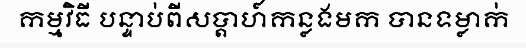
កម្មវិធី បន្ទាប់ពីសប្តាហ៍កន្លងមក បានទម្លាក់